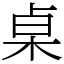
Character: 桌